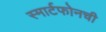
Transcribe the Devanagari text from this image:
स्मार्टफोनची